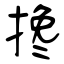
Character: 搀